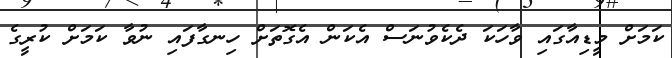
ކަމަށް މީޑިއާގައި ވާހަކަ ދެކެވުނަސް އެކަން އެގޮތަށް ހިނގާފައި ނުވާ ކަމަށް ކުރީގެ